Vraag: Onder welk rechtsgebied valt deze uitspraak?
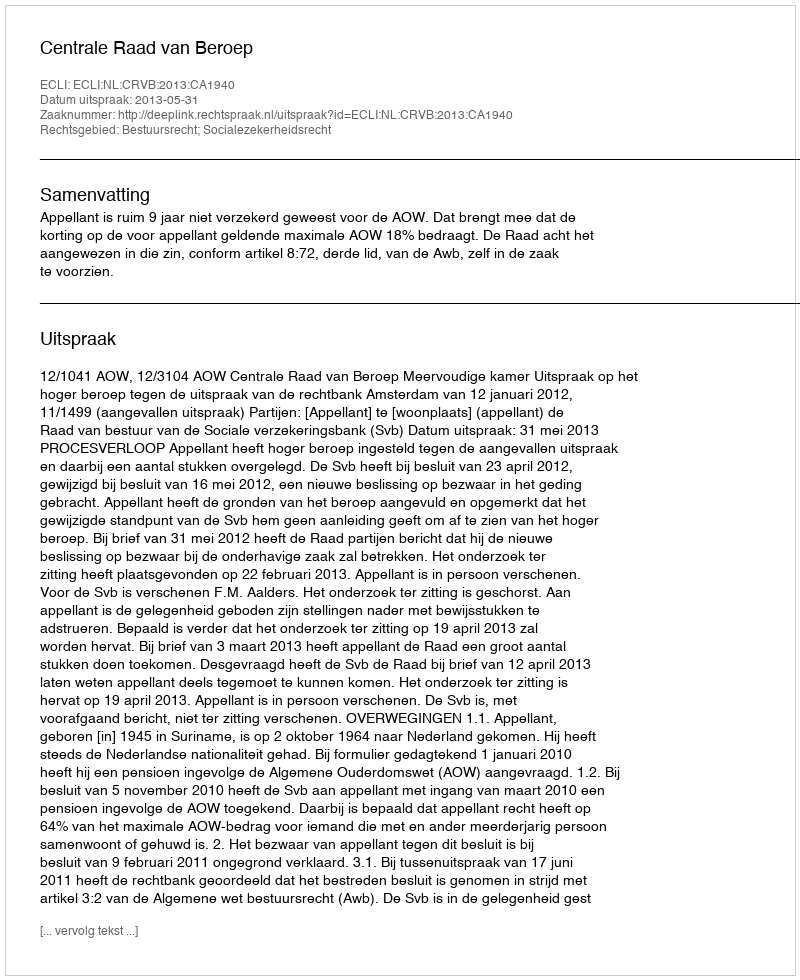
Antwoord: Bestuursrecht; Socialezekerheidsrecht